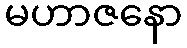
မဟာဇနော